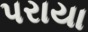
પરાયા